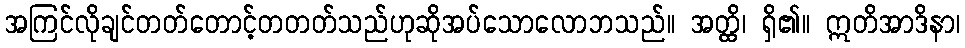
အကြင်လိုချင်တတ်တောင့်တတတ်သည်ဟုဆိုအပ်သောလောဘသည်။ အတ္ထိ၊ ရှိ၏။ ဣတိအာဒိနာ၊